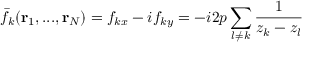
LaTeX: \bar { f } _ { k } ( { \bf r } _ { 1 } , . . . , { \bf r } _ { N } ) = f _ { k x } - i f _ { k y } = - i 2 p \sum _ { l \neq k } \frac { 1 } { z _ { k } - z _ { l } }